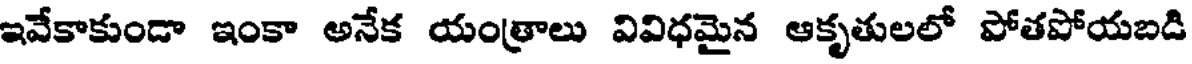
ఇవేకాకుండా ఇంకా అనేక యంత్రాలు వివిధమైన ఆకృతులలో పోతపోయబడి